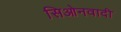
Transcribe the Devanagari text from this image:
सिओनवादी